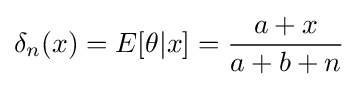
\delta _{n}(x)=E[\theta |x]={\frac {a+x}{a+b+n}}